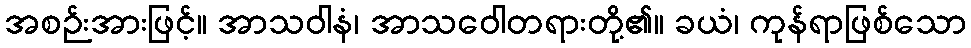
အစဉ်းအားဖြင့်။ အာသဝါနံ၊ အာသဝေါတရားတို့၏။ ခယံ၊ ကုန်ရာဖြစ်သော